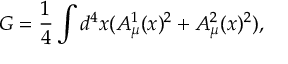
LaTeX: G = \frac { 1 } { 4 } \int d ^ { 4 } x ( A _ { \mu } ^ { 1 } ( x ) ^ { 2 } + A _ { \mu } ^ { 2 } ( x ) ^ { 2 } ) ,